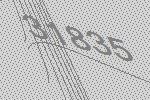
31835